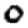
Digit: 0